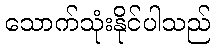
သောက်သုံးနိုင်ပါသည်